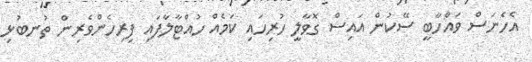
އެހެނަސް ވައްހާބީ ސޭކުން އައިސް ގޮވާލީ ހުރިހައި ކަމެއް ހުއްޓާލާފައި ފިރިހެންވެރިން ތުނބުޅި